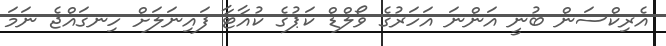
އެރިކްސަން ބުނީ އަންނަ އަހަރުގެ ވޯލްޑް ކަޕުގެ ކުއާޓާ ފައިނަލަށް ހިނގައްޖެ ނަމަ